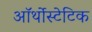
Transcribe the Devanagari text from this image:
ऑर्थोस्टेटिक